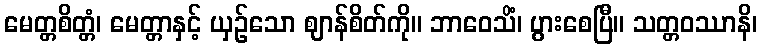
မေတ္တစိတ္တံ၊ မေတ္တာနှင့် ယှဉ်သော ဈာန်စိတ်ကို။ ဘာဝေသိံ၊ ပွားစေပြီ။ သတ္တဝဿာနိ၊